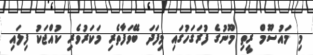
މި މައުސޫމް ރީތި މޫނުގެ ފުރަގަހުގައި މިފަދަ ބޭވަފާތެރި މަކަރުވެރި ކުއްޖަކު ފިލައި